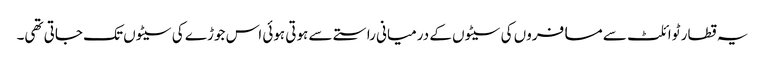
یہ قطار ٹوائلٹ سے مسافروں کی سیٹوں کے درمیانی راستے سے ہوتی ہوئی اس جوڑے کی سیٹوں تک جاتی تھی۔